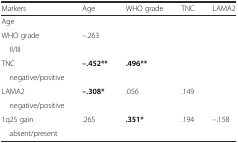
| Markers | Age | WHO grade | TNC | LAMA2 |
 | --- | --- | --- | --- | --- |
 | Age |  |  |  |  |
 | WHO grade | –.263 |  |  |  |
 | II/III |  |  |  |  |
 | TNC | –.452** | .496** |  |  |
 | negative/positive |  |  |  |  |
 | LAMA2 | –.308* | .056 | .149 |  |
 | negative/positive |  |  |  |  |
 | 1q25 gain | .265 | .351* | .194 | –.158 |
 | absent/present |  |  |  |  |